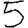
Digit: 5